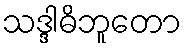
သဒ္ဒါဓိဘူတော